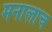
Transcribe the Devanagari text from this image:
मनालाच